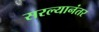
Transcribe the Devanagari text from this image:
सरल्यानंतर